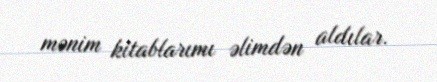
mənim kitablarımı əlimdən aldılar.